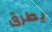
يطرق